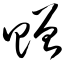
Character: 赠